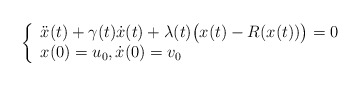
\begin{align*}\left\{\begin{array}{ll}\ddot x(t) + \gamma(t) \dot x(t) + \lambda(t)\big(x(t)-R(x(t))\big)=0\\x(0)=u_0, \dot x(0)=v_0\end{array}\right.\end{align*}